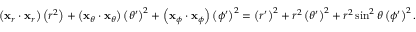
\left( \mathbf { x } _ { r } \cdot \mathbf { x } _ { r } \right) \left( r ^ { 2 } \right) + \left( \mathbf { x } _ { \theta } \cdot \mathbf { x } _ { \theta } \right) \left( \theta ^ { \prime } \right) ^ { 2 } + \left( \mathbf { x } _ { \phi } \cdot \mathbf { x } _ { \phi } \right) \left( \phi ^ { \prime } \right) ^ { 2 } = \left( r ^ { \prime } \right) ^ { 2 } + r ^ { 2 } \left( \theta ^ { \prime } \right) ^ { 2 } + r ^ { 2 } \sin ^ { 2 } \theta \left( \phi ^ { \prime } \right) ^ { 2 } .